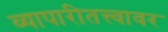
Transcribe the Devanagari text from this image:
व्यापारीतत्त्वावर